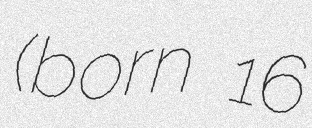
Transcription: (born 16